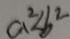
a ^ { 2 } < b ^ { 2 }